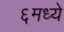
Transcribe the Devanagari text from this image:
६मध्ये